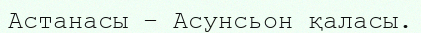
Астанасы – Асунсьон қаласы.